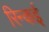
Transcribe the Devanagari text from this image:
रिन्कई